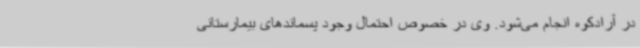
در آرادکوه انجام می‌شود. وی در خصوص احتمال وجود پسماندهای بیمارستانی